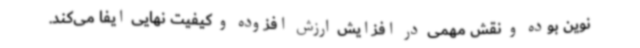
نوین بوده و نقش مهمی در افزایش ارزش افزوده و کیفیت نهایی ایفا می‌کند.